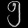
Digit: ၅